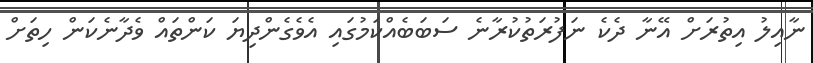
ނާއިލު އިތުރަށް އޭނާ ދެކެ ނަފުރަތުކުރާނެ ސަބަބެއްކަމުގައި އެވެގެންދިޔަ ކަންތައް ވެދާނެކަން ހިތަށް